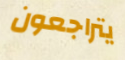
يتراجعون